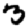
Digit: 3